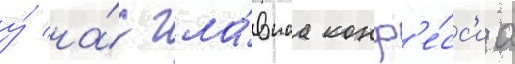
у́ на́с гла́внаа конф'е́сс'иа